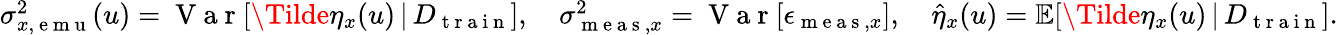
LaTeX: \begin{array}{r}{\sigma_{x,\mathrm{~e~m~u~}}^{2}(u)=\mathrm{~V~a~r~}[\Tilde{\eta}_{x}(u)\, \vert\, D_{\mathrm{~t~r~a~i~n~}}],\quad\sigma_{\mathrm{~m~e~a~s~},x}^{2}=\mathrm{~V~a~r~}[\epsilon_{\mathrm{~m~e~a~s~},x}],\quad\hat{\eta}_{x}(u)=\mathbb{E}[\Tilde{\eta}_{x}(u)\, \vert\, D_{\mathrm{~t~r~a~i~n~}}].}\end{array}